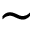
\sim